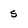
Character: s